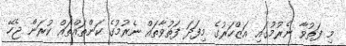
މި ފަތުވާ ނެރުމުގައި އަޒްހަރުގެ މިފަދަ ފަތުވާތައް ނެރުމުގެ ކަންތައްތައް ކުރަން ޖެހޭ